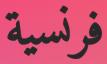
فرنسیة